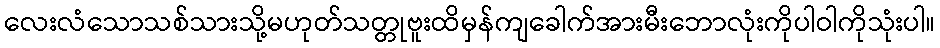
လေးလံသောသစ်သားသို့မဟုတ်သတ္တုဗူးထိမှန်ကျခေါက်အားမီးဘောလုံးကိုပါဝါကိုသုံးပါ။